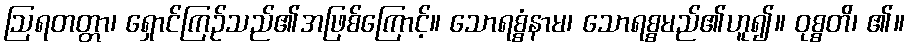
ဩရတတ္တာ၊ ရှောင်ကြဉ်သည်၏အဖြစ်ကြောင့်။ သောရစ္စံနာမ၊ သောရစ္စမည်၏ဟူ၍။ ဝုစ္စတိ၊ ၏။